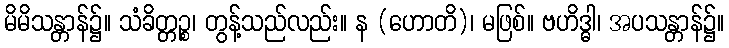
မိမိသန္တာန်၌။ သံခိတ္တဉ္စ၊ တွန့်သည်လည်း။ န (ဟောတိ)၊ မဖြစ်။ ဗဟိဒ္ဓါ၊ အပသန္တာန်၌။